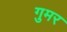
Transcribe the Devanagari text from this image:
गुमर